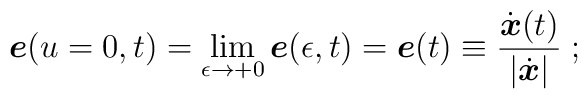
{\mbox{\boldmath $e$}}(u=0,t)= \lim_{\epsilon \rightarrow +0}{\mbox{\boldmath $e$}}(\epsilon,t)= {\mbox{\boldmath $e$}}(t) \equiv\frac{\dot{\mbox{\boldmath $x$}}(t)}{|\dot{\mbox{\boldmath $x$}}|}\;;